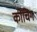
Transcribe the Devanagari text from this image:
कोंचिंग